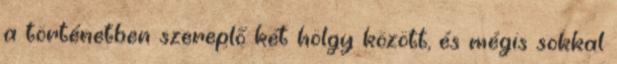
a történetben szereplő két hölgy között, és mégis sokkal